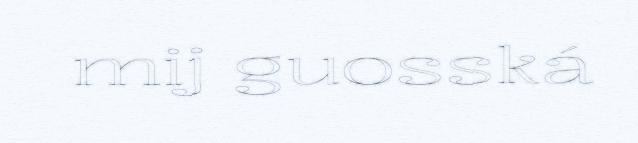
mij guosská